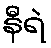
နီရဲ